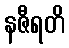
နဇီရတိ